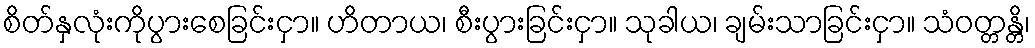
စိတ်နှလုံးကိုပွားစေခြင်းငှာ။ ဟိတာယ၊ စီးပွားခြင်းငှာ။ သုခါယ၊ ချမ်းသာခြင်းငှာ။ သံဝတ္တန္တိ၊